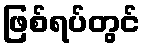
ဖြစ်ရပ်တွင်